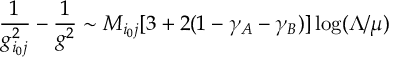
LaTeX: \frac { 1 } { g _ { i _ { 0 } j } ^ { 2 } } - \frac { 1 } { g ^ { 2 } } \sim M _ { i _ { 0 } j } [ 3 + 2 ( 1 - \gamma _ { A } - \gamma _ { B } ) ] \log ( \Lambda / \mu )